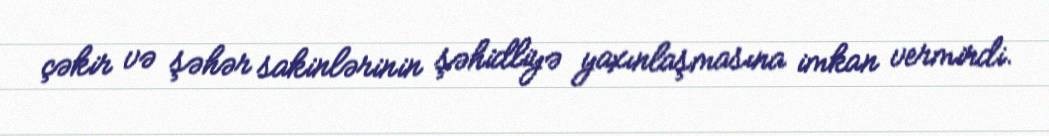
çəkir və şəhər sakinlərinin şəhidliyə yaxınlaşmasına imkan vermirdi.